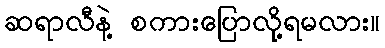
ဆရာလီနဲ့ စကားပြောလို့ရမလား။